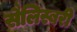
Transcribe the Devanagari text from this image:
सैलिस्बरी